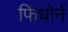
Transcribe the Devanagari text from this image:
फिंधोर्न